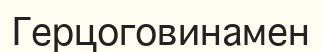
Герцоговинамен